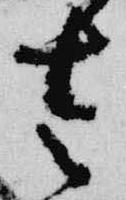
左